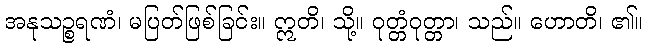
အနုသဉ္စရဏံ၊ မပြတ်ဖြစ်ခြင်း။ ဣတိ၊ သို့။ ဝုတ္တံဝုတ္တာ၊ သည်။ ဟောတိ၊ ၏။